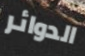
الدوائر